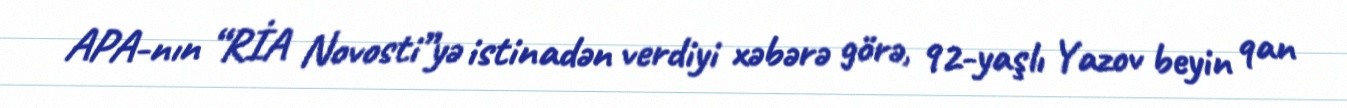
APA-nın “RİA Novosti”yə istinadən verdiyi xəbərə görə, 92-yaşlı Yazov beyin qan